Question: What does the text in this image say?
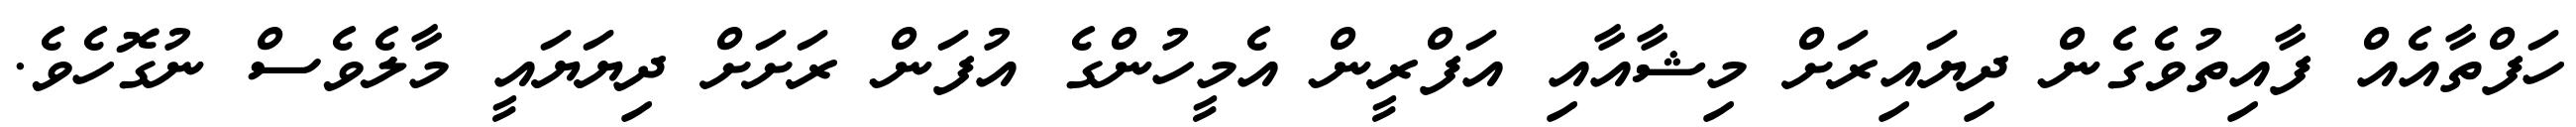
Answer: ހަފްތާއެއް ފާއިތުވެގެން ދިޔައިރަށް މިޝާއާއި އަފްރީން އެމީހުންގެ އުފަން ރަށަށް ދިޔަޔައީ މާލެވެސް ނުގޮހެވެ.